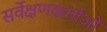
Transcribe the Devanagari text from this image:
सर्वेक्षणकर्ताओं